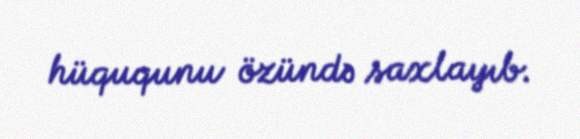
hüququnu özündə saxlayıb.